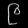
Digit: ၉